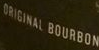
ORIGINAL BOURBON